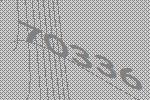
70336